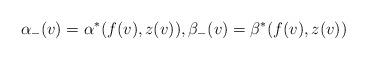
LaTeX: \begin{align*} \alpha_-(v)=\alpha^\ast(f(v),z(v)),\beta_-(v)=\beta^\ast(f(v),z(v))\end{align*}